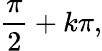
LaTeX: {\frac{\pi}{2}}+k\pi,